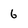
Character: 6